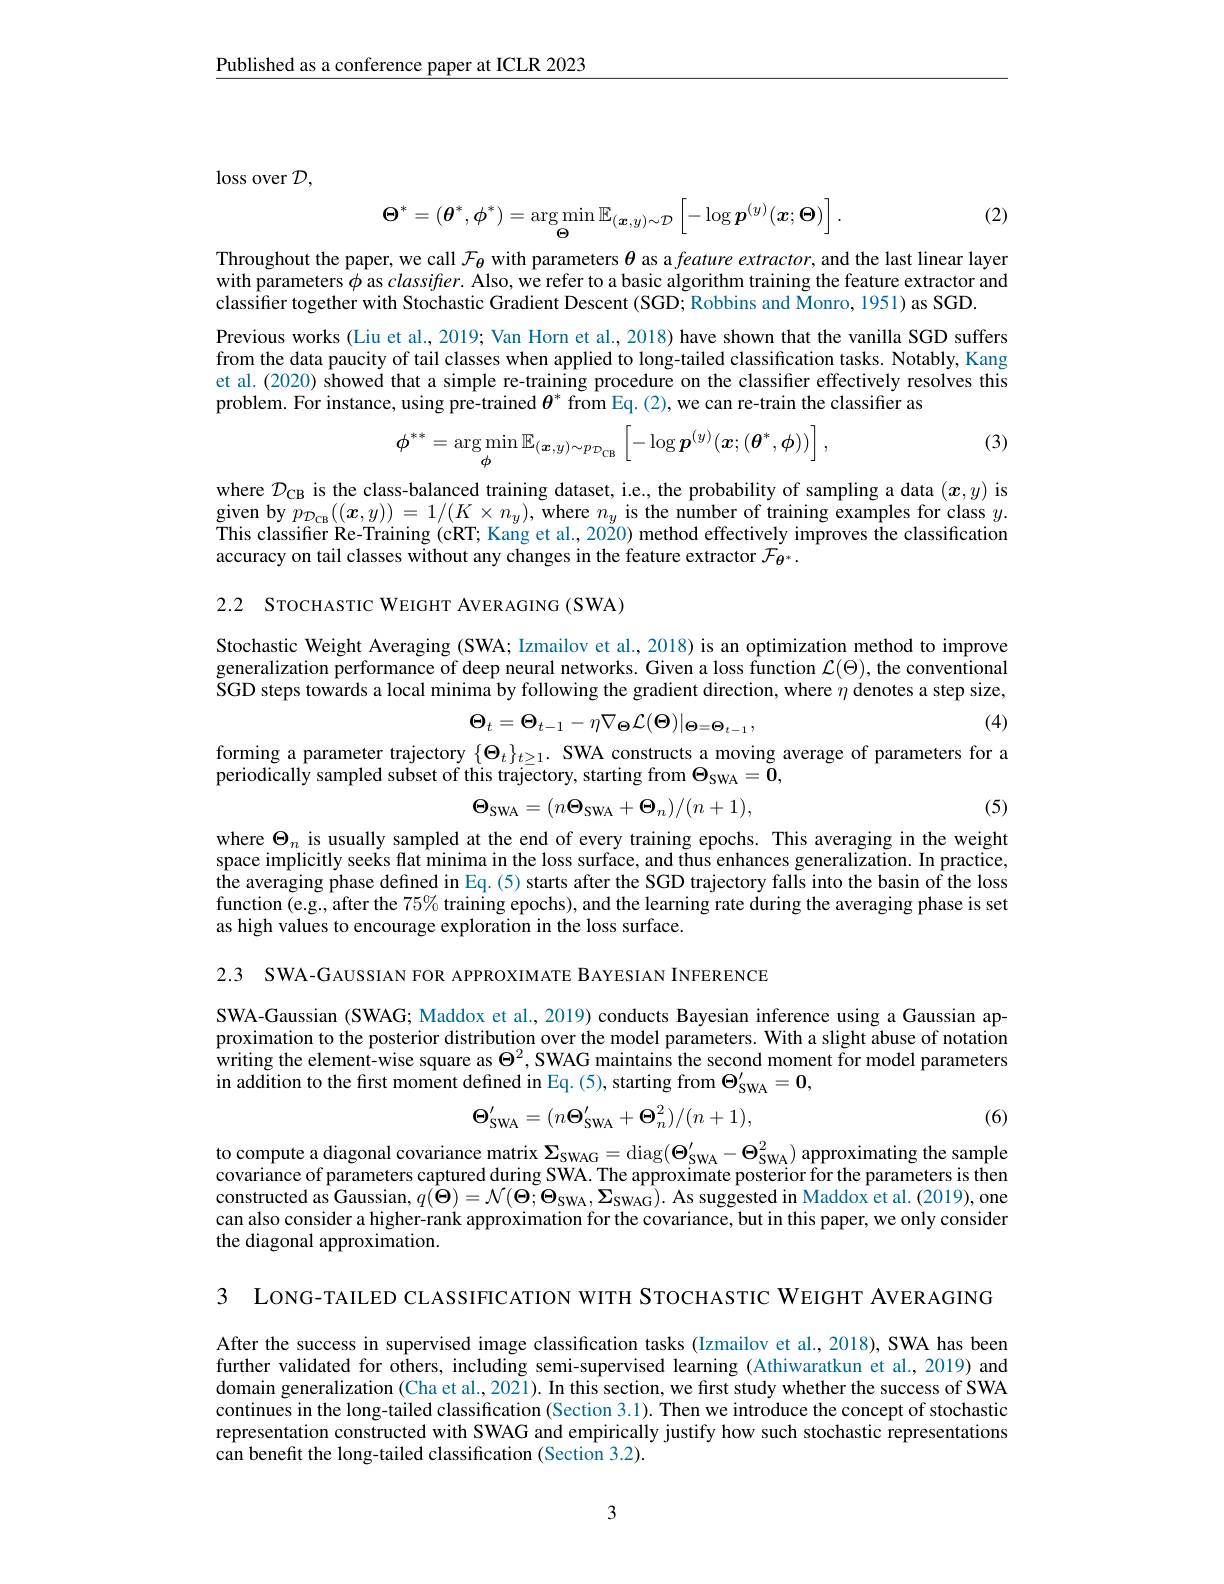
Published as a conference paper at ICLR 2023

$\operatorname{loss}$ over $\mathcal D$,

(2)
$$\boldsymbol{\Theta}^{*}=(\boldsymbol{\theta}^{*},\boldsymbol{\phi}^{*})=\arg\min_{\boldsymbol{\Theta}}\mathbb{E}_{(\boldsymbol{x},y)\sim\mathcal{D}}\left[-\log\boldsymbol{p}^{(y)}(\boldsymbol{x};\boldsymbol{\Theta})\right].$$
Throughout the paper, we call $\mathcal{F}_{\theta}$ with parameters $\boldsymbol\theta$ as a feature extractor, and the last linear layer with parameters $\phi$ as classifier. Also, we refer to a basic algorithm training the feature extractor and classifier together with Stochastic Gradient Descent (SGD; Robbins and Monro, 1951) as SGD.

Previous works (Liu et al., 2019; Van Horn et al., 2018) have shown that the vanilla SGD suffers from the data paucity of tail classes when applied to long-tailed classification tasks. Notably, Kang et al. (2020) showed that a simple re-training procedure on the classifier effectively resolves this problem. For instance, using pre-trained $\theta^*$ from Eq.(2), we can re-train the classifier as
$$\phi^{**}=\arg\min_{\phi}\mathbb{E}_{(\boldsymbol{x},y)\sim p_{\mathcal{D}_{\mathrm{CB}}}}\left[-\log\boldsymbol{p}^{(y)}(\boldsymbol{x};(\boldsymbol{\theta}^{*},\phi))\right],$$
(3)

where $\mathcal{D}_\mathrm{CB}$ is the class-balanced training dataset, i.e., the probability of sampling a data $(\boldsymbol{x},y)$ is given by $p_{\mathcal{D}_{\mathcal{CB}}}((\boldsymbol{x},y))=1/(K\times n_{y})$, where $n_y$ is the number of training examples for class $y.$ This classifier Re-Training (cRT; Kang et al., 2020) method effectively improves the classification accuracy on tail classes without any changes in the feature extractor $\mathcal{F}_{\theta^*}.$

2.2 STOCHASTIC WEIGHT AVERAGING (SWA)

Stochastic Weight Averaging (SWA; Izmailov et al., 2018) is an optimization method to improve generalization performance of deep neural networks. Given a loss function $\mathcal{L} ( \Theta ) $,the conventional SGD steps towards a local minima by following the gradient direction, where $\eta$ denotes a step size,
$$\Theta_{t}=\Theta_{t-1}-\eta\nabla_{\Theta}\mathcal{L}(\Theta)|_{\Theta=\Theta_{t-1}},$$
(4)

forming a parameter trajectory $\{\Theta_t\}_{t\geq1}.$ SWA constructs a moving average of parameters for a
periodically sampled subset of this trajectory, starting from $\Theta_\mathrm{SWA}=0$,
$$\Theta_{\mathrm{SWA}}=(n\Theta_{\mathrm{SWA}}+\Theta_{n})/(n+1),$$
(5)

where $\Theta_n$ is usually sampled at the end of every training epochs. This averaging in the weight space implicitly seeks flat minima in the loss surface, and thus enhances generalization. In practice, the averaging phase defined in Eq. (5) starts after the SGD trajectory falls into the basin of the loss function (e.g., after the 75% training epochs), and the learning rate during the averaging phase is set as high values to encourage exploration in the loss surface.

2.3 SWA-GAUSSIAN FOR APPROXIMATE BAYESIAN INFERENCE

SWA-Gaussian (SWAG; Maddox et al., 2019) conducts Bayesian inference using a Gaussian approximation to the posterior distribution over the model parameters. With a slight abuse of notation $\hat{\text{writing the element-wise square as }\Theta}^2,\bar{\text{SWAG maintains the second moment for model parameters}}$ in addition to the first moment defined in Eq. (5), starting from $\Theta _\mathrm{SWA}^{\prime }= \mathbf{0} $,
$$\Theta_{\mathrm{SWA}}^{\prime}=(n\Theta_{\mathrm{SWA}}^{\prime}+\Theta_{n}^{2})/(n+1),$$
(6)

to compute a diagonal covariance matrix $\Sigma_\mathrm{SWAG}=\operatorname{diag}(\Theta_\mathrm{SWA}^{\prime}-\Theta_\mathrm{SWA}^2)$ approximating the sample covariance of parameters captured during SWA. The approximate posterior for the parameters is then $constructed as Gaussian, q( \dot{\Theta } ) = \mathcal{N} ( \tilde{\Theta } ; \Theta _{\mathrm{SWA}}, \boldsymbol{\Sigma }_{\mathrm{SWAG}}) . $As suggested in Maddox et al. (2019), one can also consider a higher-rank approximation for the covariance, but in this paper, we only consider the diagonal approximation.

3 LONG-TAILED CLASSIFICATION WITH STOCHASTIC WEIGHT AVERAGING

After the success in supervised image classification tasks (Izmailov et al., 2018), SWA has been further validated for others, including semi-supervised learning (Athiwaratkun et al., 2019) and domain generalization (Cha et al., 2021). In this section, we first study whether the success of SWA continues in the long-tailed classification (Section 3.1). Then we introduce the concept of stochastic representation constructed with SWAG and empirically justify how such stochastic representations can benefit the long-tailed classification (Section 3.2).

3